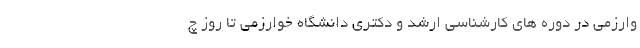
وارزمی در دوره های کارشناسی ارشد و دکتری دانشگاه خوارزمی تا روز چ